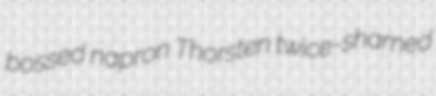
bossed napron Thorsten twice-shamed